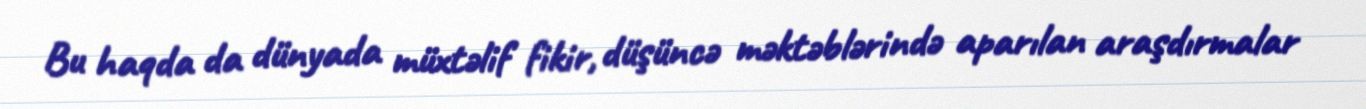
Bu haqda da dünyada müxtəlif fikir, düşüncə məktəblərində aparılan araşdırmalar